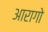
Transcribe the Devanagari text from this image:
आरागो